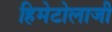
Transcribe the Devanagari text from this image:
हिमेटोलाजी